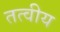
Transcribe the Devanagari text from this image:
तत्‍वीय